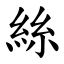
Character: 絲